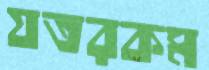
যতরকম